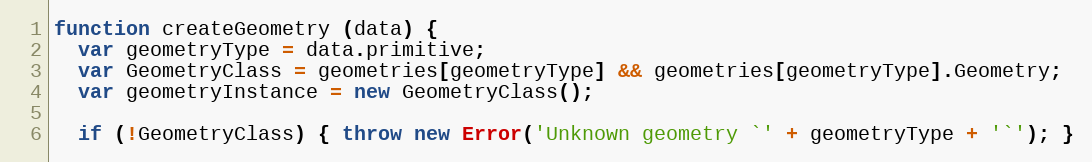
Language: JavaScript
function createGeometry (data) {
  var geometryType = data.primitive;
  var GeometryClass = geometries[geometryType] && geometries[geometryType].Geometry;
  var geometryInstance = new GeometryClass();

  if (!GeometryClass) { throw new Error('Unknown geometry `' + geometryType + '`'); }